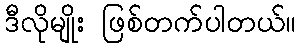
ဒီလိုမျိုး ဖြစ်တက်ပါတယ်။